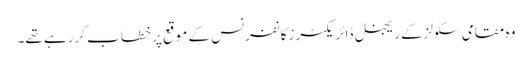
وہ مقامی سکولزکے ریجنل ڈائریکٹرزکانفرنس کے موقع پر خطاب کررہے تھے۔